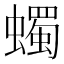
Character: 蠋